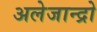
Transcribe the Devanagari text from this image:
अलेजान्द्रो